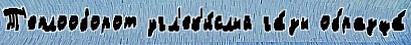
Т'еплооборот угл'ек'и́слый га́зы образца́